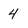
Character: 4